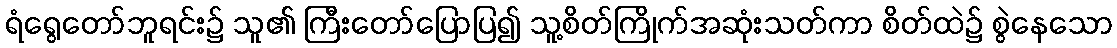
ရံရွေတော်ဘူရင်း၌ သူ၏ ကြီးတော်ပြောပြ၍ သူ့စိတ်ကြိုက်အဆုံးသတ်ကာ စိတ်ထဲ၌ စွဲနေသော